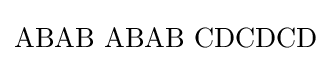
\mathrm {ABAB\,\,ABAB\,\,CDCDCD}